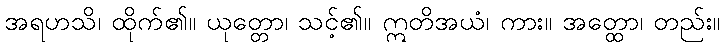
အရဟသိ၊ ထိုက်၏။ ယုတ္တော၊ သင့်၏။ ဣတိအယံ၊ ကား။ အတ္ထော၊ တည်း။